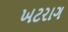
ખટરાગ